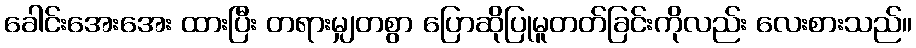
ခေါင်းအေးအေး ထားပြီး တရားမျှတစွာ ပြောဆိုပြုမူတတ်ခြင်းကိုလည်း လေးစားသည်။